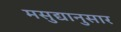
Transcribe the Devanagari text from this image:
मसुद्यानुसार